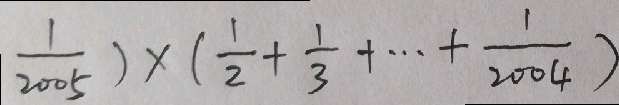
\frac { 1 } { 2 0 0 5 } ) \times ( \frac { 1 } { 2 } + \frac { 1 } { 3 } + \cdots + \frac { 1 } { 2 0 0 4 } )